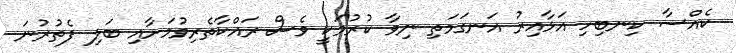
ކެއްސާ ކިނބިހި އަޅާއިރު އަނގަމަތި ނިވާ ކުރުމަކީ ވެސް ރައްކާތެރިވުމަށާއި ބަލި ފެތުރުނަ